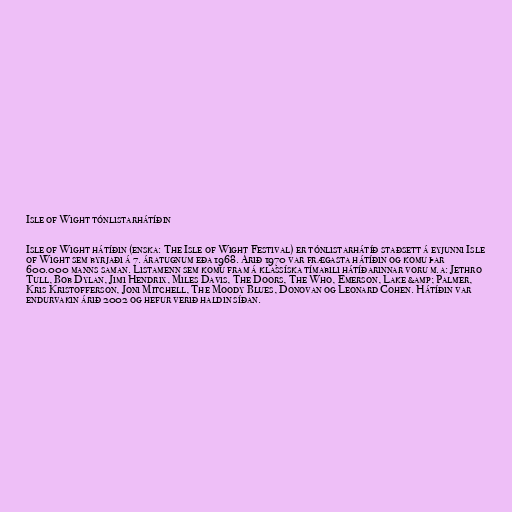
Isle of Wight tónlistarhátíðin

Isle of Wight hátíðin (enska: The Isle of Wight Festival) er tónlistarhátíð staðsett á eyjunni Isle
of Wight sem byrjaði á 7. áratugnum eða 1968. Árið 1970 var frægasta hátíðin og komu þar
600.000 manns saman. Listamenn sem komu fram á klassíska tímabili hátíðarinnar voru m.a: Jethro
Tull, Bob Dylan, Jimi Hendrix, Miles Davis, The Doors, The Who, Emerson, Lake &amp; Palmer,
Kris Kristofferson, Joni Mitchell, The Moody Blues, Donovan og Leonard Cohen. Hátíðin var
endurvakin árið 2002 og hefur verið haldin síðan.